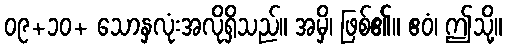
၀၉+၁၀+ သောနှလုံးအလိုရှိသည်။ အမှိ၊ ဖြစ်၏။ ဧဝံ၊ ဤသို့။